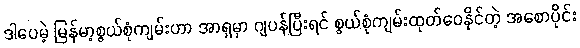
ဒါပေမဲ့ မြန်မာ့စွယ်စုံကျမ်းဟာ အာရှမှာ ဂျပန်ပြီးရင် စွယ်စုံကျမ်းထုတ်ဝေနိုင်တဲ့ အစောပိုင်း